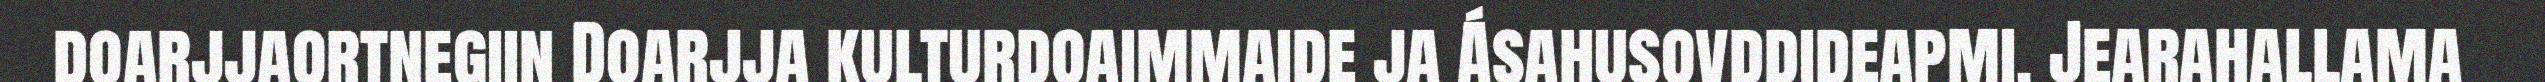
doarjjaortnegiin Doarjja kulturdoaimmaide ja Ásahusovddideapmi. Jearahallama